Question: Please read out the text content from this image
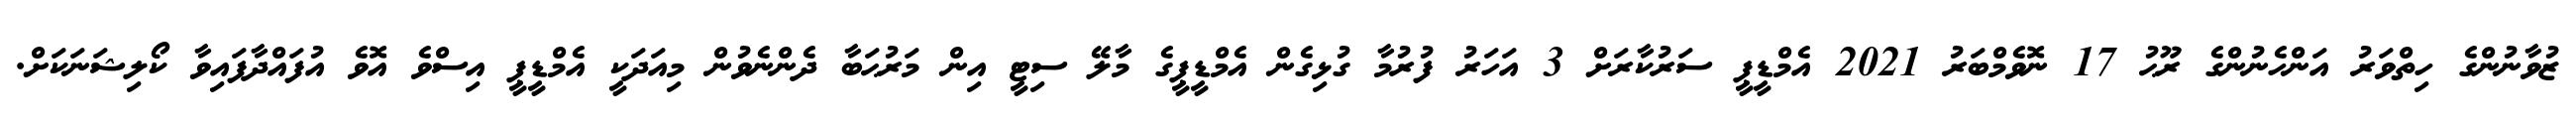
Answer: ޒުވާނުންގެ ހިތްވަރު އަންހެނުންގެ ރޫޙު 17 ނޮވެމްބަރު 2021 އެމްޑީޕީ ސަރުކާރަށް 3 އަހަރު ފުރުމާ ގުޅިގެން އެމްޑީޕީގެ މާލޭ ސިޓީ އިން މަރުޙަބާ ދެންނެވުން މިއަދަކީ އެމްޑީޕީ އިސްވެ އޮވެ އުފައްދާފައިވާ ކޯލިޝަނަކަށް.